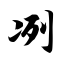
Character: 冽